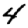
Digit: 4